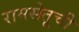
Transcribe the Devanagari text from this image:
रामसेतूची